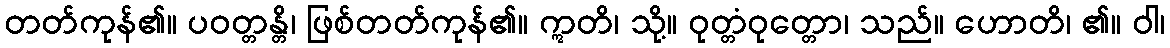
တတ်ကုန်၏။ ပဝတ္တန္တိ၊ ဖြစ်တတ်ကုန်၏။ ဣတိ၊ သို့။ ဝုတ္တံဝုတ္တော၊ သည်။ ဟောတိ၊ ၏။ ဝါ၊